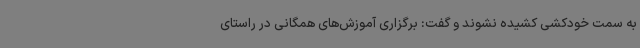
به سمت خودکشی کشیده نشوند و گفت: برگزاری آموزش‌های همگانی در راستای